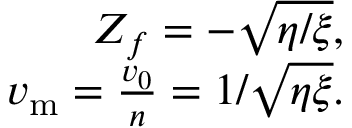
\begin{array} { r } { Z _ { f } = - \sqrt { \eta / \xi } , } \\ { v _ { \mathrm { { m } } } = \frac { v _ { 0 } } { n } = 1 / \sqrt { \eta \xi } . } \end{array}